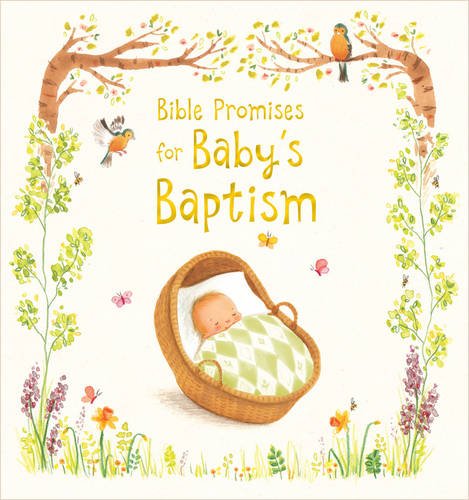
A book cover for Bible Promises for Baby's Baptism; Sophie Piper; Christian Books & Bibles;